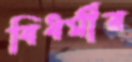
বিধর্মীর